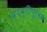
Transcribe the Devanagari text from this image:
व्यष्टिपूर्वक